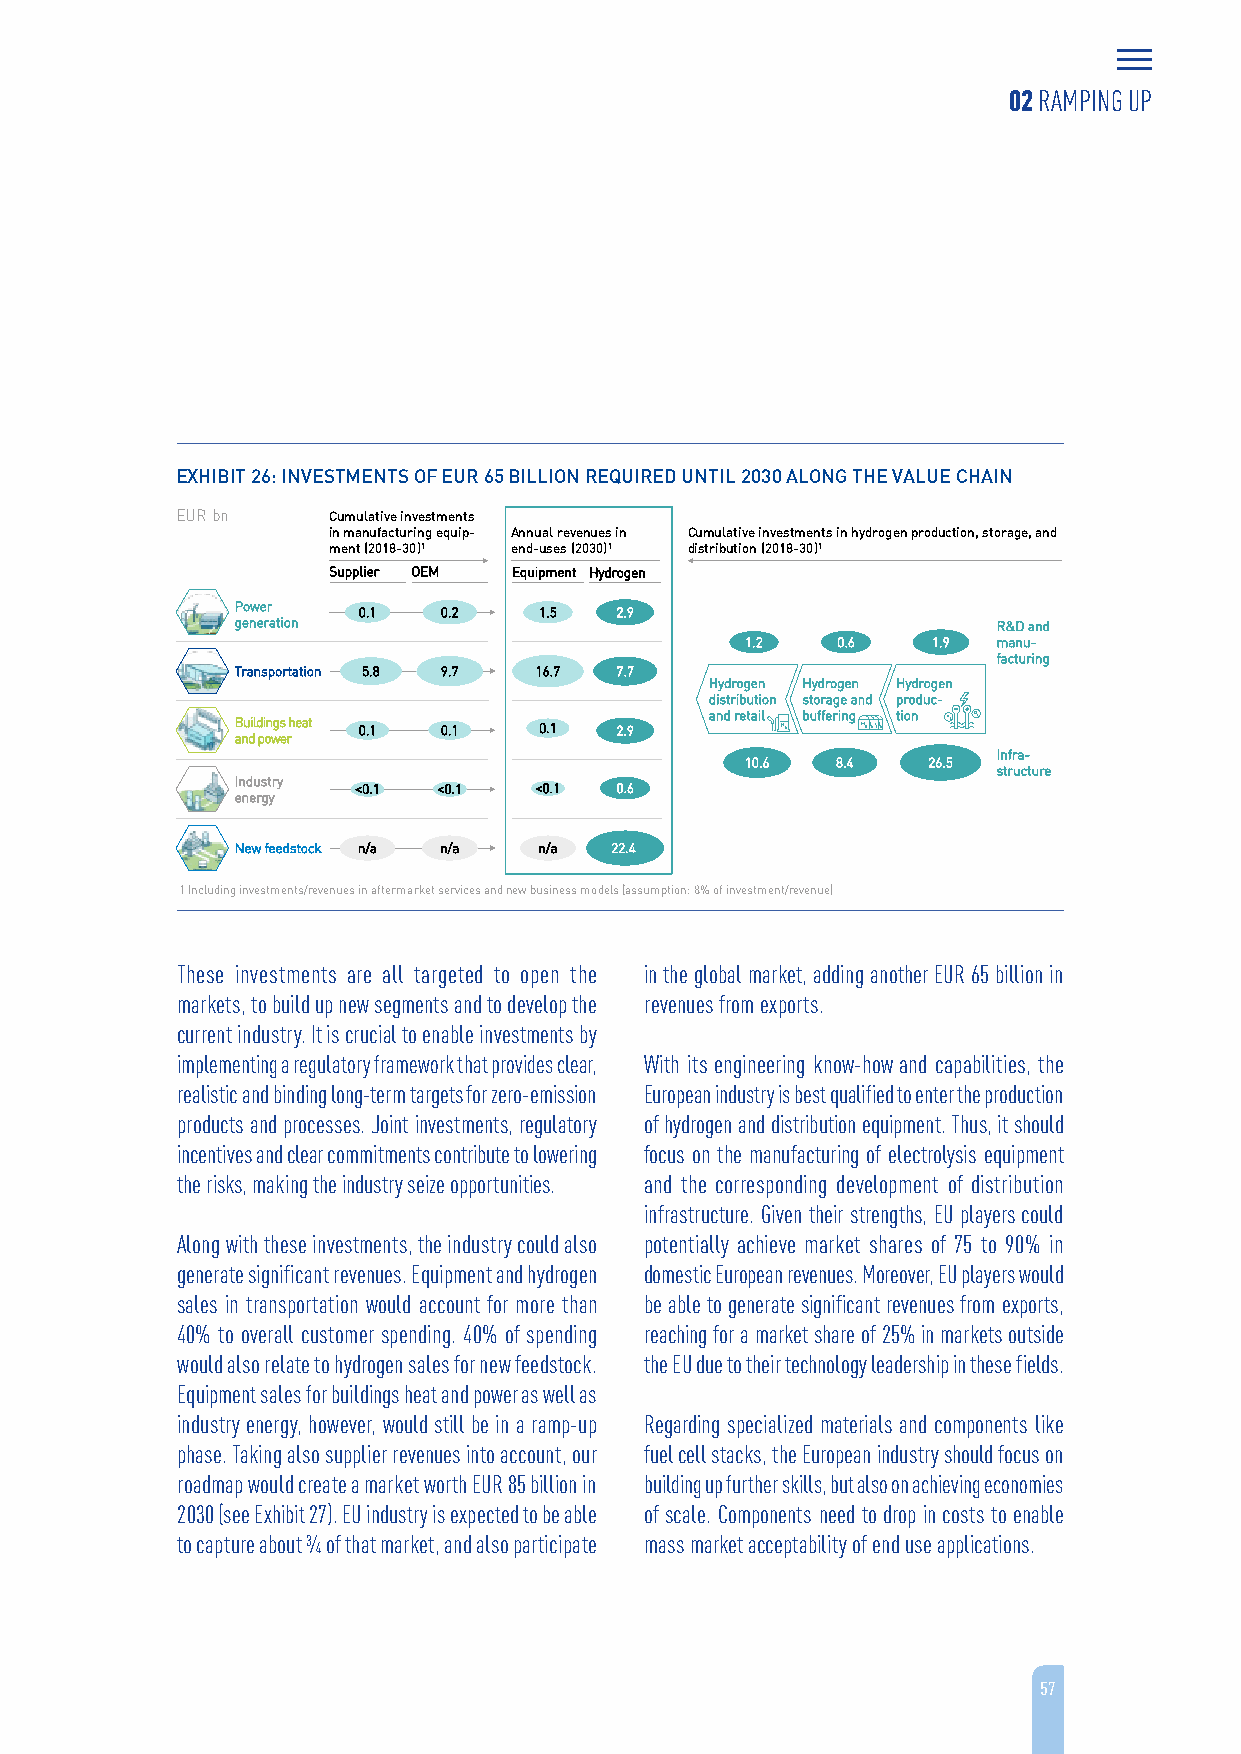
02 RAMPING UP
 EXHIBIT 26: INVESTMENTS OF EUR 65 BILLION REQUIRED UNTIL 2030 ALONG THE VALUE CHAIN
 EUR bn    Cumulative investments
 in manufacturing equip- Annual revenues in Cumulative investments in hydrogen production, storage, and
 ment(2018-30)1 end-uses (2030)1 distribution (2018-30)1
 Supplier OEM Equipment Hydrogen
 Power   0.1  0.2    1.5  2.9
 generation                                        R&D and
 1.2   0.6    1.9 manu-
 facturing
 Transportation 5.8 9.7 16.7 7.7
 Hydrogen Hydrogen Hydrogen
 distribution storage and produc-
 and retail buffering tion
 Buildings heat 0.1 0.1 0.1 2.9
 and power
 Infra-
 10.6  8.4   26.5
 structure
 Industry
 <0.1 <0.1  <0.1  0.6
 energy
 New feedstock n/a n/a n/a 22.4
 1 Including investments/revenues in aftermarket services and new business models (assumption: 8% of investment/revenue)
 These investments are all targeted to open the in the global market, adding another EUR 65 billion in
 markets, to build up new segments and to develop the revenues from exports.
 current industry. It is crucial to enable investments by
 implementing a regulatory framework that provides clear, With its engineering know-how and capabilities, the
 realistic and binding long-term targets for zero-emission European industry is best qualified to enter the production
 products and processes. Joint investments, regulatory of hydrogen and distribution equipment. Thus, it should
 incentives and clear commitments contribute to lowering focus on the manufacturing of electrolysis equipment
 the risks, making the industry seize opportunities. and the corresponding development of distribution
 infrastructure. Given their strengths, EU players could
 Along with these investments, the industry could also potentially achieve market shares of 75 to 90% in
 generate significant revenues. Equipment and hydrogen domestic European revenues. Moreover, EU players would
 sales in transportation would account for more than be able to generate significant revenues from exports,
 40% to overall customer spending. 40% of spending reaching for a market share of 25% in markets outside
 would also relate to hydrogen sales for new feedstock. the EU due to their technology leadership in these fields.
 Equipment sales for buildings heat and power as well as
 industry energy, however, would still be in a ramp-up Regarding specialized materials and components like
 phase. Taking also supplier revenues into account, our fuel cell stacks, the European industry should focus on
 roadmap would create a market worth EUR 85 billion in building up further skills, but also on achieving economies
 2030 (see Exhibit 27). EU industry is expected to be able of scale. Components need to drop in costs to enable
 to capture about ¾ of that market, and also participate mass market acceptability of end use applications.
 57